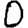
Digit: 0